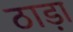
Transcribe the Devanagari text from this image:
ठाड़ा